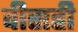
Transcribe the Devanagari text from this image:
वीसही